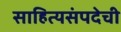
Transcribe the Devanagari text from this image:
साहित्यसंपदेची